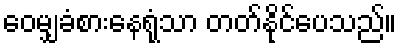
ဝေမျှခံစားနေရုံသာ တတ်နိုင်ပေသည်။